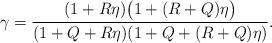
LaTeX: \begin{align*}\gamma=\frac{(1+R\eta)\big(1+(R+Q)\eta\big)}{(1+Q+R\eta)(1+Q+(R+Q)\eta)}.\end{align*}